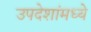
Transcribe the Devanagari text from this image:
उपदेशांमध्ये